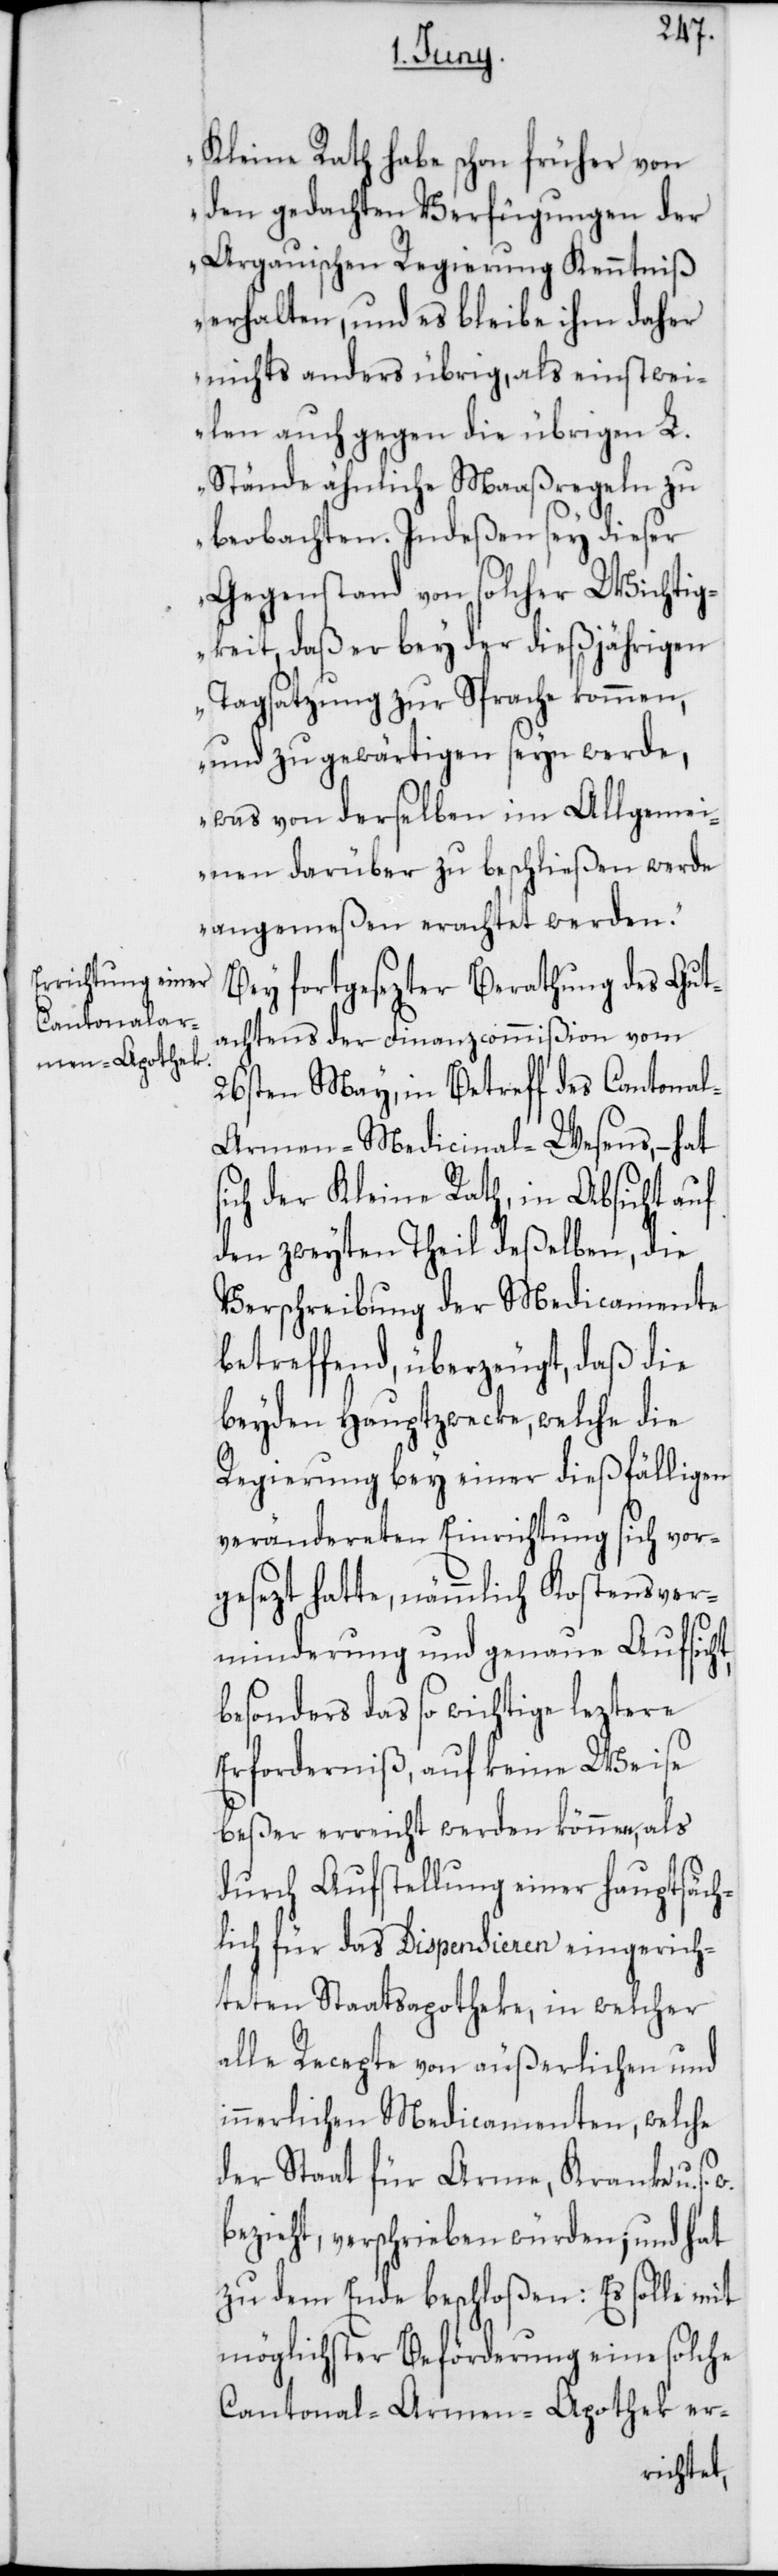
Kleine Rath habe schon früher von
den gedachten Verfügungen der
Argauischen Regierung Kenntniß
erhalten, und es bleibe ihm daher
nichts anderes übrig, als einstwei¬
len auch gegen die übrigen L.
Stände ähnliche Maaßregeln zu
beobachten. Indeßen sey dieser
Gegenstand von solcher Wichtig¬
keit, daß er bey der dießjährigen
Tagsatzung zu Sprache kommen,
und zu gewärtigen seyn werde,
was von derselben im Allgemei¬
nen darüber zu beschließen werde
angemeßen erachtet werden.“
Bey fortgesezter Berathung des Gut¬
achtens der Finanzcommißion vom
26sten May, in Betreff des Cantona¬
l-Armen-Medicinal-Wesens, – hat
der Kleine Rath, in Absicht auf
den zweyten Theil deßelben, die
Verschreibung der Medicamente
betreffend, überzeugt, daß die
beyden Hauptzwecke, welche die
Regierung bey einer dießfälligen
verändereten Einrichtung sich vor¬
gesezt hatte, nämmlich Kostensver¬
minderung und genaue Aufsicht,
besonders das so wichtige leztere
Erforderniß, auf keine Weise
beßer erreicht werden können, als
durch Aufstellung einer hauptsäch¬
lich für das Dispensieren eingerich¬
teten Staatsapotheke, in welcher
alle Recepte von äußerlichen und
innerlichen Medicamenten, welche
der Staat für Arme, Kranke u. s.
bezieht, verschrieben würden; und hat
zu dem Ende beschloßen: Es solle mit
möglichster Beförderung eine solche
Cantonal-Armen-Apothek er-